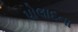
પોલાદના